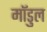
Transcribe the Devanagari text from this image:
मॉडुल